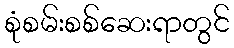
စုံစမ်းစစ်ဆေးရာတွင်